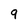
Character: 9